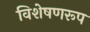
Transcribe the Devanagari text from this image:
विशेषणरूप